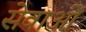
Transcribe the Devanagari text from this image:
सेवाओंं